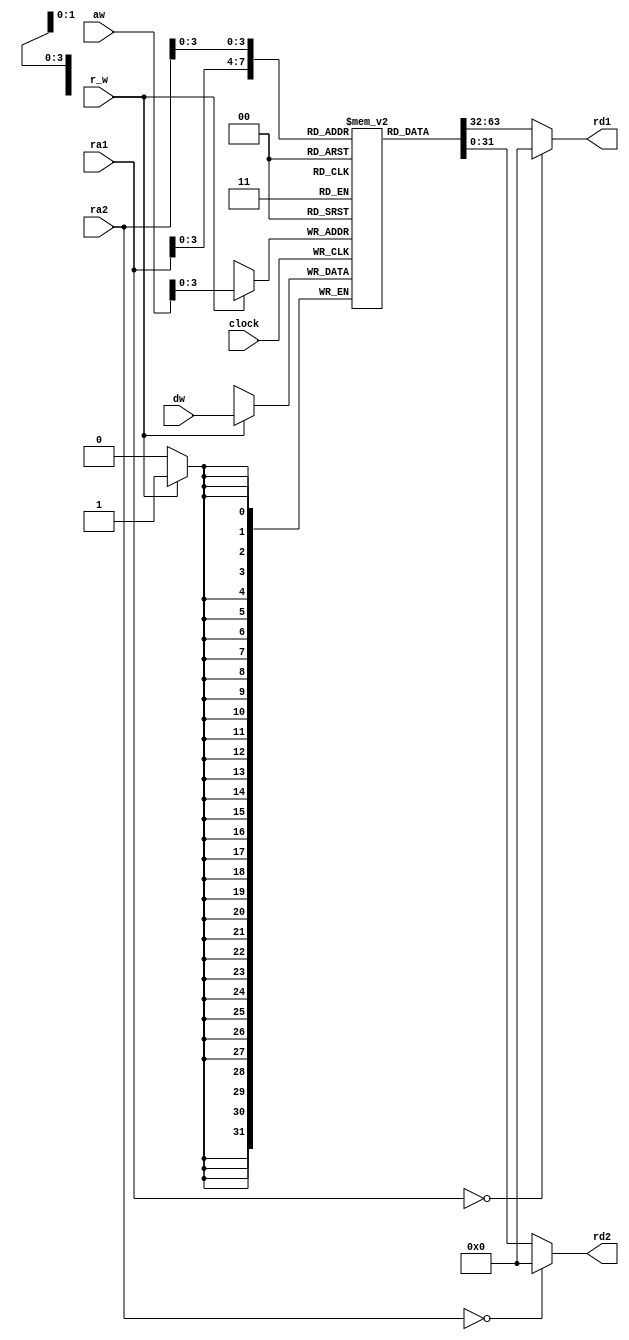
module register(clock, ra1, rd1, ra2, rd2, r_w, aw, dw);

input	clock, r_w;
input	[11:0] ra1;
input	[11:0] ra2;
input	[11:0] aw;
input	[31:0] dw;
output	[31:0] rd1;
output	[31:0] rd2;
reg		[31:0] registers[0:15];

assign rd1 = (ra1 == 0) ? 32'h00000000 : registers[ra1];
assign rd2 = (ra2 == 0) ? 32'h00000000 : registers[ra2];

always @(posedge clock)begin
	if ( r_w )
		registers[aw] <= dw;
end
endmodule